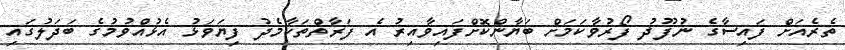
ތެރެއަށް ފައިސާގެ ނުފޫޛު ފޯރުވާކަމަށް ބަޔާންކޮށްފައިވާއިރު އެ ފަރާތްތަކާމެދު ފިޔަވަޅު އެޅުއްވުމުގެ ބަދަލުގައި